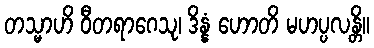
တသ္မာဟိ ဝီတရာဂေသု၊ ဒိန္နံ ဟောတိ မဟပ္ပလန္တိ။